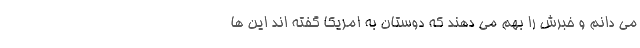
می دانم و خبرش را بهم می دهند که دوستان به امریکا گفته اند این ها